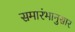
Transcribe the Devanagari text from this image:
समारंभानुसार